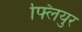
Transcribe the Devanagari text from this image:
फ्लियुर